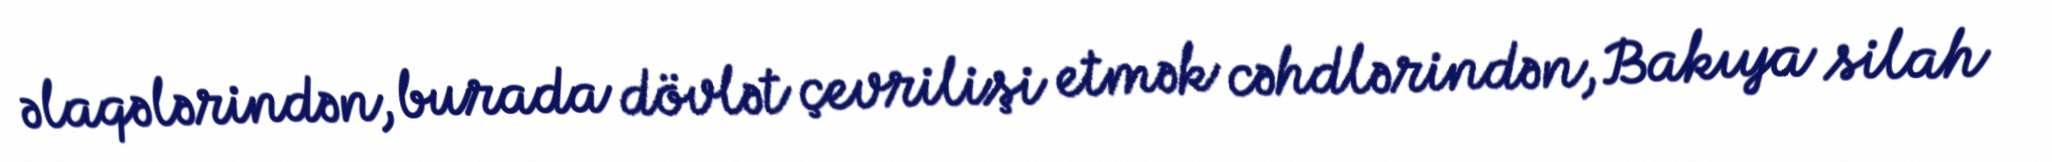
əlaqələrindən, burada dövlət çevrilişi etmək cəhdlərindən, Bakıya silah